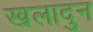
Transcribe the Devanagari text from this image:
खलादुन